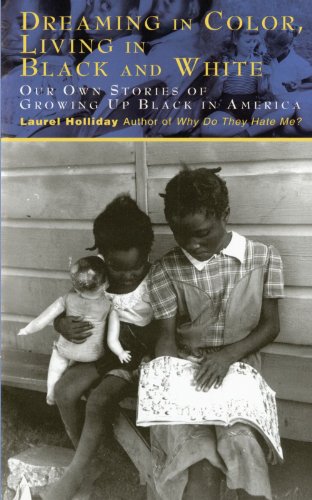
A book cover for Dreaming In Color Living In Black And White: Our Own Stories of Growing Up Black in America; Laurel Holliday; Teen & Young Adult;